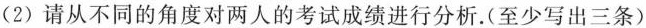
(2)请从不同的角度对两人的考试成绩进行分析。(至少写出三条)